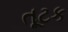
તૂટક